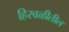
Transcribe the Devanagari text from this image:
हिरवळीतील